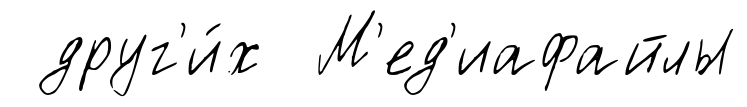
друг'и́х М'ед'иафайлы